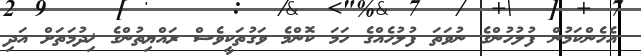
އެހެންކަމުން ފުލުހުންގެ ނުވަތަ ފުލުހެއްގެ ހަމަ ކޮންމެ ވަގުތަކީވެސް ރައްޔިތުންގެ ޚިދުމަތަށް އަދި